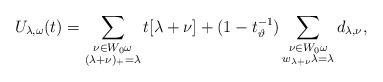
LaTeX: \begin{align*} U_{\lambda ,\omega}(t) =\sum_{\substack{\nu\in W_0\omega \\ (\lambda + \nu)_+=\lambda }} t[\lambda + \nu]+ (1-t_{\vartheta}^{-1})\sum_{\substack{\nu\in W_0\omega \\ w_{\lambda + \nu} \lambda=\lambda }} d_{\lambda ,\nu} ,\end{align*}